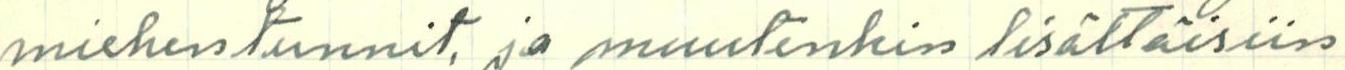
miehentunnit, ja muutenkin lisättäisiin